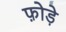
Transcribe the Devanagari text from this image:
फ़ोड़े